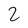
Character: 2